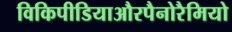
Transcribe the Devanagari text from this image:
विकिपीडियाऔरपैनोरैमियो